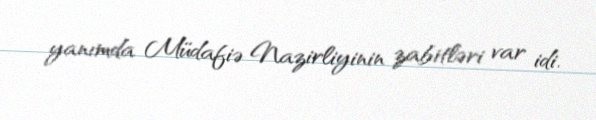
yanımda Müdafiə Nazirliyinin zabitləri var idi.